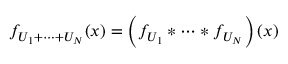
f _ { U _ { 1 } + \cdots + U _ { N } } ( x ) = \left( f _ { U _ { 1 } } * \cdots * f _ { U _ { N } } \right) ( x )